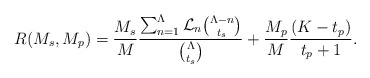
\begin{align*}R(M_s,M_p) = \frac{M_s}{M}\frac{\sum_{n=1}^{\Lambda}\mathcal{L}_n\binom{\Lambda-n}{t_s}}{\binom{\Lambda}{t_s}} +\frac{M_p}{M}\frac{(K-t_p) }{t_p+1}. \end{align*}